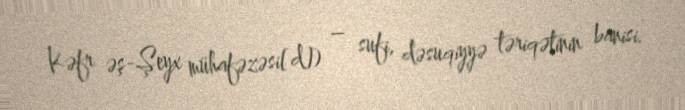
Kəfr əş-Şeyx mühafəzəsi[d]) – sufi, dəsuqiyyə təriqətinin banisi.